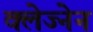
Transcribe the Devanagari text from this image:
क्लेज्नेन